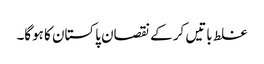
غلط باتیں کر کے نقصان پاکستان کا ہوگا۔